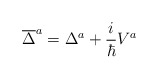
\begin{align*}\overline{\Delta }^a=\Delta ^a+\frac i\hbar V^a\end{align*}